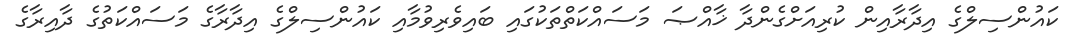
ކައުންސިލްގެ އިދާރާއިން ކުރިއަށްގެންދާ ޚާއްޞަ މަސައްކަތްތަކުގައި ބައިވެރިވުމާއި ކައުންސިލްގެ އިދާރާގެ މަސައްކަތުގެ ދާއިރާގެ